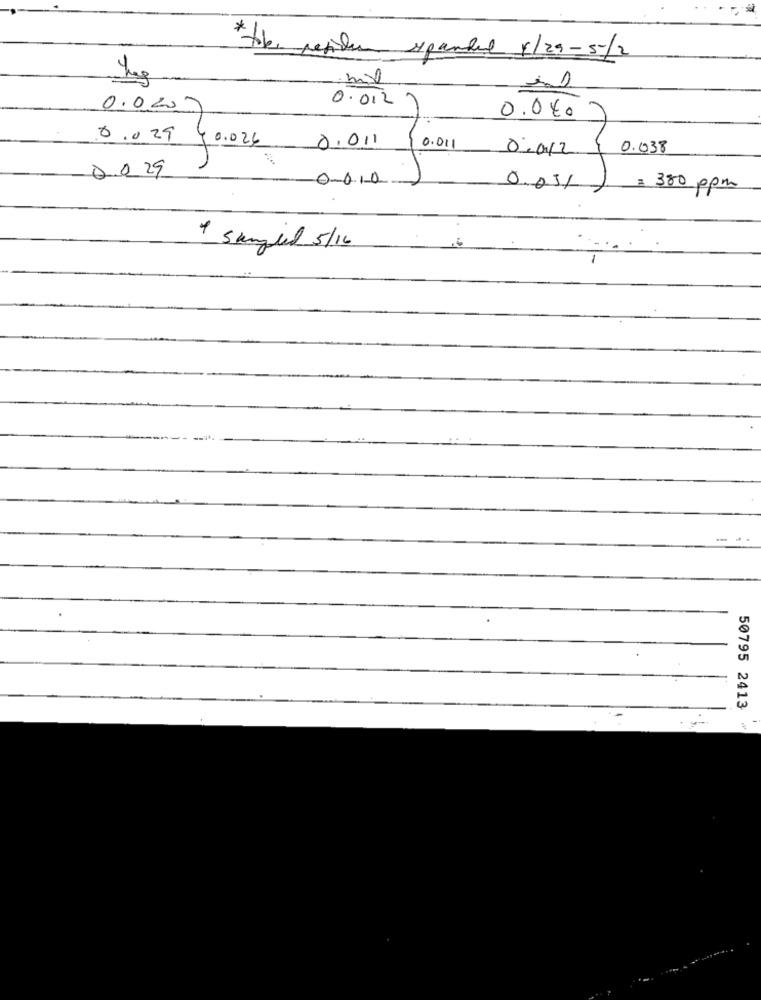
the residen spanked 4/29-5/2
0.012
0.0 009
0.0007
8.029 40.026
0.011
0.011
0.012
0.038
0.0 29
0-010
0.031
1
= 380 ppm
1 Samtel 5/16
50795 2413